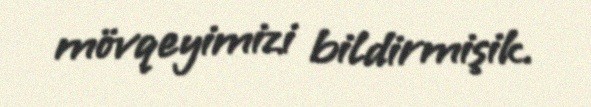
mövqeyimizi bildirmişik.